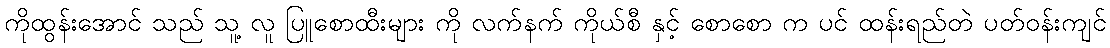
ကိုထွန်းအောင် သည် သူ့ လူ ပြူစောထီးများ ကို လက်နက် ကိုယ်စီ နှင့် စောစော က ပင် ထန်းရည်တဲ ပတ်ဝန်းကျင်